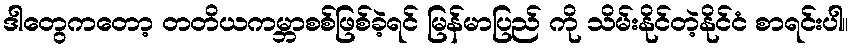
ဒါတွေကတော့ တတိယကမ္ဘာစစ်ဖြစ်ခဲ့ရင် မြန်မာပြည် ကို သိမ်းနိုင်တဲ့နိုင်ငံ စာရင်းပါ။